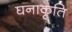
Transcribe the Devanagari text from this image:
घनाकृति